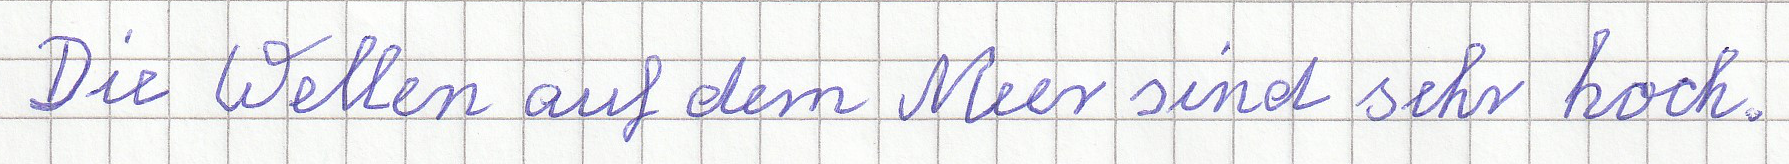
Die Wellen auf dem Meer sind sehr hoch.